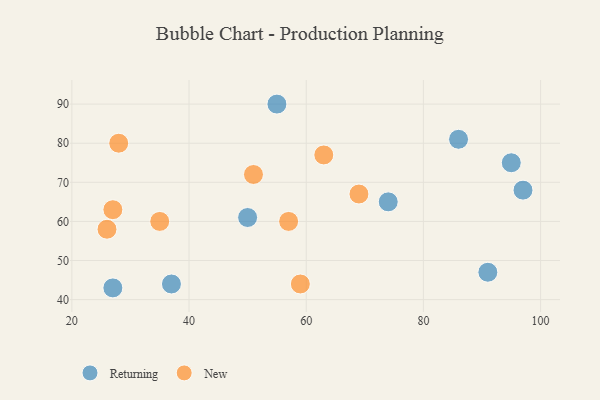
{"axis": {"x": "GDP", "y": "Life Expectancy"}, "legend": ["New", "Returning"], "data": [{"x": "37", "y": 44, "type": "Returning"}, {"x": "91", "y": 47, "type": "Returning"}, {"x": "95", "y": 75, "type": "Returning"}, {"x": "97", "y": 68, "type": "Returning"}, {"x": "55", "y": 90, "type": "Returning"}, {"x": "74", "y": 65, "type": "Returning"}, {"x": "86", "y": 81, "type": "Returning"}, {"x": "50", "y": 61, "type": "Returning"}, {"x": "27", "y": 43, "type": "Returning"}, {"x": "27", "y": 63, "type": "New"}, {"x": "35", "y": 60, "type": "New"}, {"x": "57", "y": 60, "type": "New"}, {"x": "26", "y": 58, "type": "New"}, {"x": "63", "y": 77, "type": "New"}, {"x": "59", "y": 44, "type": "New"}, {"x": "51", "y": 72, "type": "New"}, {"x": "28", "y": 80, "type": "New"}, {"x": "69", "y": 67, "type": "New"}]}